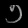
Digit: ၁